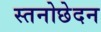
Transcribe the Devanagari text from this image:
स्तनोछेदन